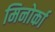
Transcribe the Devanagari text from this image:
मिनोर्का